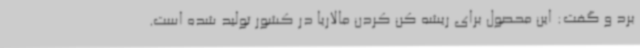
برد و گفت: این محصول برای ریشه کن کردن مالاریا در کشور تولید شده است.